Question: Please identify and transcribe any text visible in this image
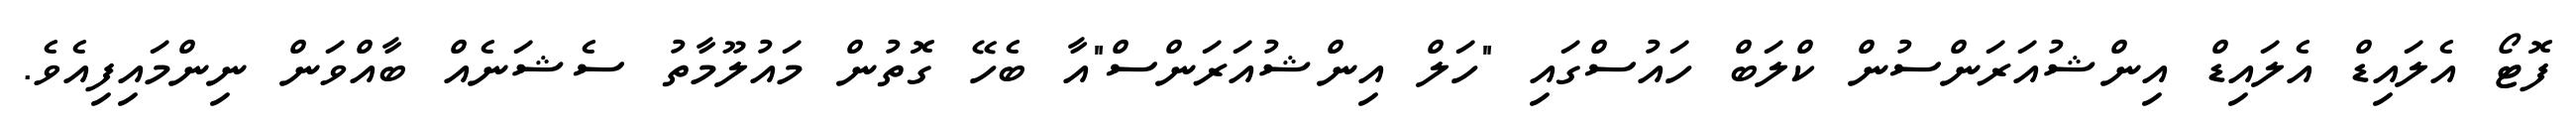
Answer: ފޮޓޯ އެލައިޑް އެލައިޑް އިންޝުއަރަންސުން ކްލަބް ހައުސްގައި "ހަލް އިންޝުއަރަންސް"އާ ބެހޭ ގޮތުން މައުލޫމާތު ސެޝަނެއް ބާއްވަން ނިންމައިފިއެވެ.